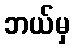
ဘယ်မှ